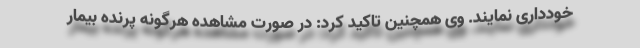
خودداری نمایند. وی همچنین تاکید کرد: در صورت مشاهده هرگونه پرنده بیمار